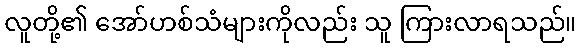
လူတို့၏ အော်ဟစ်သံများကိုလည်း သူ ကြားလာရသည်။